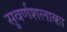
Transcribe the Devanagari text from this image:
सुवर्णशलाका